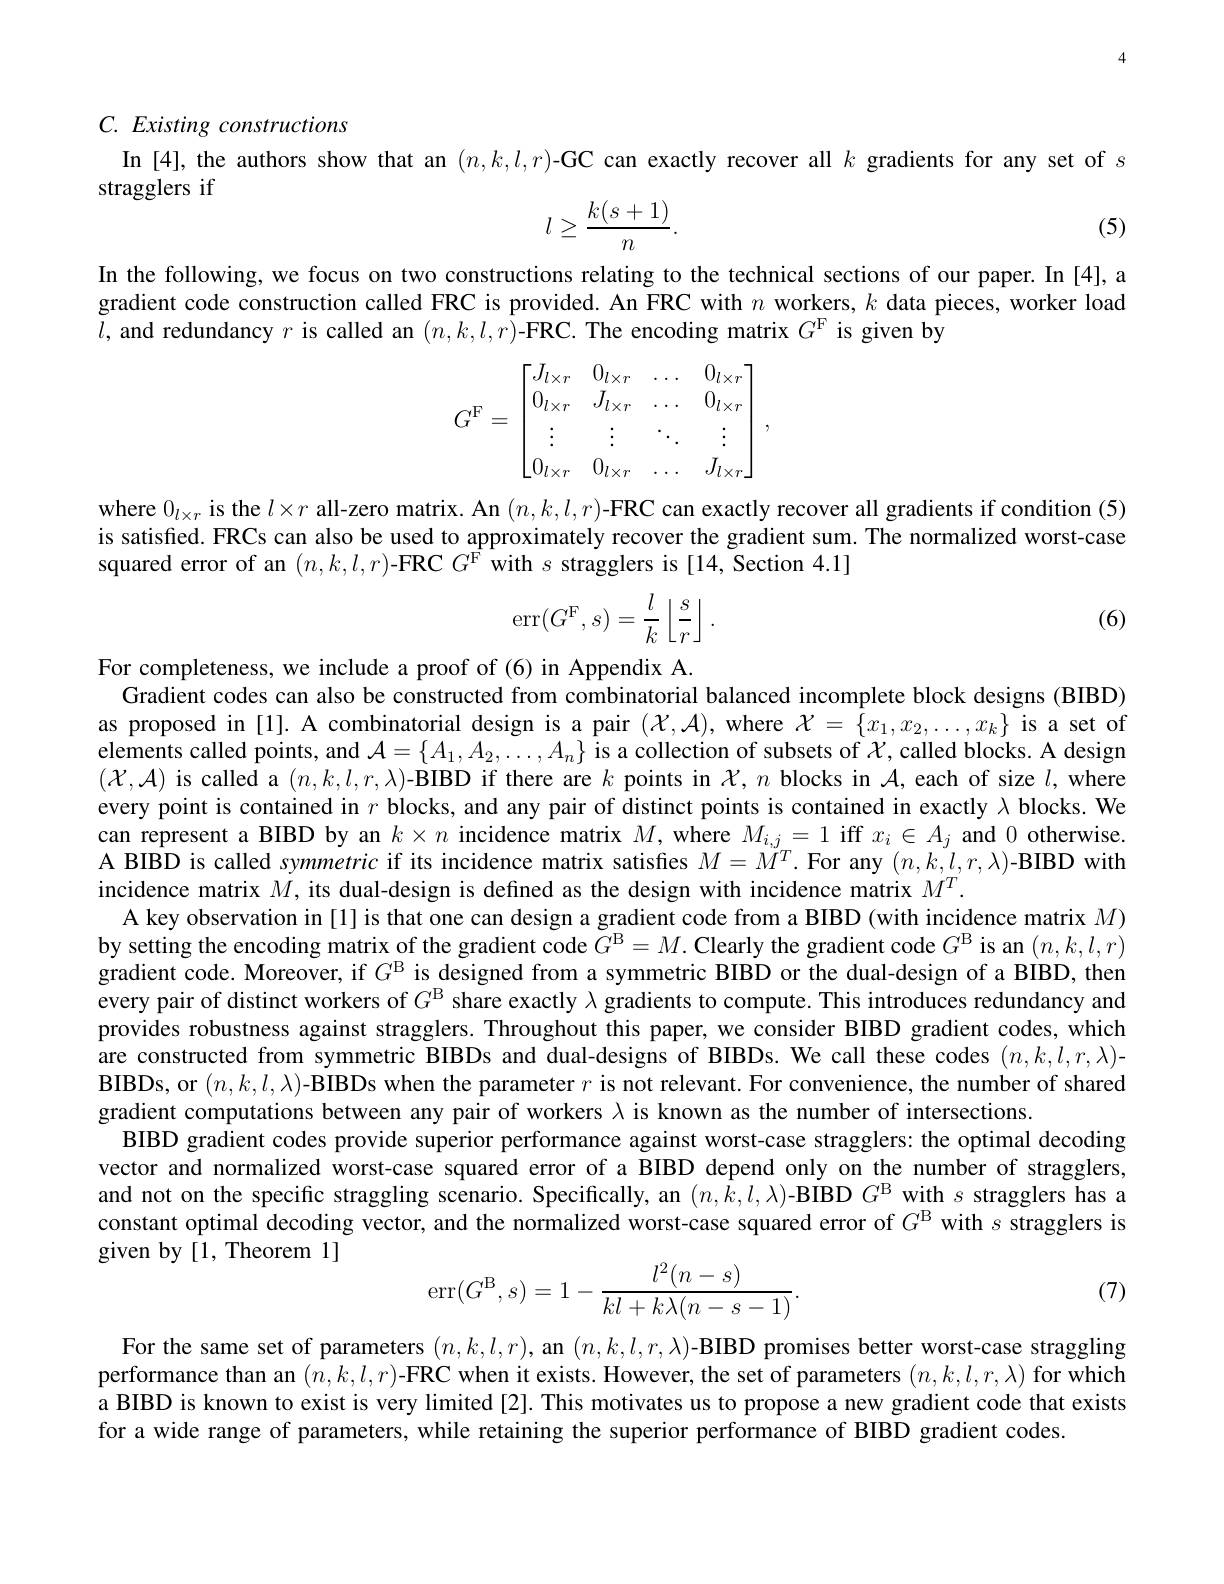
4

## C. Existing constructions

In [4], the authors show that an $( n, k, l, r) \textbf{- GC can exactly recover all }k$ gradients for any set of $s$

stragglers if
$$l\ge\frac{k(s+1)}{n}.$$
(5)

In the following, we focus on two constructions relating to the technical sections of our paper. In [4], a gradient code construction called FRC is provided. An FRC with $n$ workers, $k$ data pieces, worker load $l$, and redundancy $r$ is called an $(n,k,l,r)$-FRC. The encoding matrix $G^\mathrm{F}$ is given by
$$G^\mathrm{F}=\begin{bmatrix}J_{l\times r}&0_{l\times r}&\dots&0_{l\times r}\\0_{l\times r}&J_{l\times r}&\dots&0_{l\times r}\\\vdots&\vdots&\ddots&\vdots\\0_{l\times r}&0_{l\times r}&\dots&J_{l\times r}\end{bmatrix},$$
where $0_{l\times r}$ is the $l\times r$ all-zero matrix. An $(n,k,l,r)$-FRC can exactly recover all gradients if condition (5) is satisfied. FRCs can also be used to approximately recover the gradient sum. The normalized worst-case squared error of an $( n, k, l, r) \textbf{- FRC}G^\mathrm{F}$ with $s$ stragglers is [14, Section 4.1]
$$\mathrm{err}(G^\mathrm{F},s)=\frac{l}{k}\left\lfloor\frac{s}{r}\right\rfloor.$$
(6)

For completeness, we include a proof of (6) in Appendix A
Gradient codes can also be constructed from combinatorial balanced incomplete block designs (BIBD) as proposed in [1]. A combinatorial design is a pair $(\mathcal{X},\mathcal{A})$, where $\mathcal{X}=\{x_1,x_2,\ldots,x_k\}$ is a set of elements called points, and $\mathcal{A}=\{A_1,A_2,\ldots,A_n\}$ is a collection of subsets of $\mathcal{X}$, called blocks. A design $(\mathcal{X},\mathcal{A})$ is called a $( n, k, l, r, \lambda ) \textbf{- BIBD if there are }k$ points in $\mathcal{X},n$ blocks in $\mathcal{A}$,each of size $l$,where every point is contained in $r$ blocks, and any pair of distinct points is contained in exactly $\lambda$ blocks. We can represent a BIBD by an $k\times n$ incidence matrix $M$, where $M_{i,j}=1$ iff $x_i\in A_j$ and 0 otherwise A BIBD is called symmetric if its incidence matrix satisfes $M=\tilde{M}^T.$ For any $(n,k,l,r,\lambda)$-BIBD with incidence matrix $\dot{M}$, its dual-design is defined as the design with incidence matrix $M^T.$
A key observation in [1] is that one can design a gradient code from a BIBD (with incidence matrix $M)$ by setting the encoding matrix of the gradient code $G^\mathrm{B}=M.$ Clearly the gradient code $G^\mathrm{B}$ is an $(n,k,l,r)$ gradient code. Moreover, if $G^\mathrm{B}$ is designed from a symmetric BIBD or the dual-design of a BIBD, then every pair of distinct workers of $G^\mathrm{B}$ share exactly $\lambda$ gradients to compute. This introduces redundancy and provides robustness against stragglers. Throughout this paper, we consider BIBD gradient codes, which are constructed from symmetric BIBDs and dual-designs of BIBDs. We call these codes $(n,k,l,r,\lambda)$- $\textbf{BIBDs, or }( n, k, l, \lambda ) \textbf{- BIBDs when the parameter }r$ is not relevant. For convenience, the number of shared gradient computations between any pair of workers $\lambda$ is known as the number of intersections.
BIBD gradient codes provide superior performance against worst-case stragglers: the optimal decoding vector and normalized worst-case squared error of a BIBD depend only on the number of stragglers, and not on the specific straggling scenario. Specifically, an $( n, \tilde{k} , l, \lambda )$- BIBD$G^\mathrm{B}$ with $s$ stragglers has a constant optimal decoding vector, and the normalized worst-case squared error of $G^\mathrm{B}$ with $s$ stragglers is given by [1, Theorem 1]
$$\mathrm{err}(G^\mathrm{B},s)=1-\frac{l^2(n-s)}{kl+k\lambda(n-s-1)}.$$
(7)

For the same set of parameters $( n, k, l, r) , \textbf{an }( n, k, l, r, \lambda ) \textbf{- BIBD promises better worst- case straggling}$ performance than an $(n,k,l,r)$-FRC when it exists. However, the set of parameters $(n,k,l,r,\lambda)$ for which a BIBD is known to exist is very limited [2]. This motivates us to propose a new gradient code that exists for a wide range of parameters, while retaining the superior performance of BIBD gradient codes